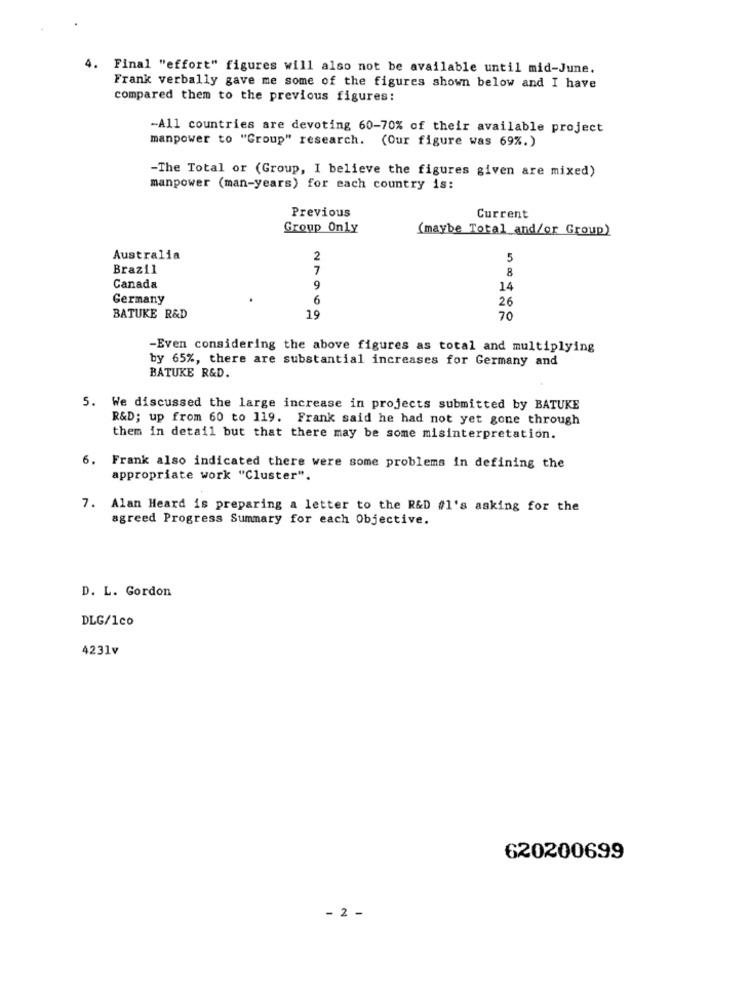
4.
Final "effort" figures will also not be available until mid-June.
Frank verbally gave me some of the figures shown below and I have
compared them to the previous figures:
-All countries are devoting 60-70% of their available project
manpower to "Group" research. (Our figure was 69%.)
-The Total or (Group, I believe the figures given are mixed)
manpower (man-years) for each country is:
Previous
Current
Group Only
(maybe Total and/or Group)
Australia
2
5
Brazil
7
8
Canada
9
14
Germany
6
26
BATUKE R&D
19
70
-Even considering the above figures as total and multiplying
by 65%, there are substantial increases for Germany and
BATUKE R&D.
5. We discussed the large increase in projects submitted by BATUKE
R&D; up from 60 to 119. Frank said he had not yet gone through
them in detail but that there may be some misinterpretation.
6. Frank also indicated there were some problems in defining the
appropriate work "Cluster".
7. Alan Heard is preparing a letter to the R&D #1's asking for the
agreed Progress Summary for each Objective.
D. L. Gordon
DLG/1co
4231v
620200699
- 2 -